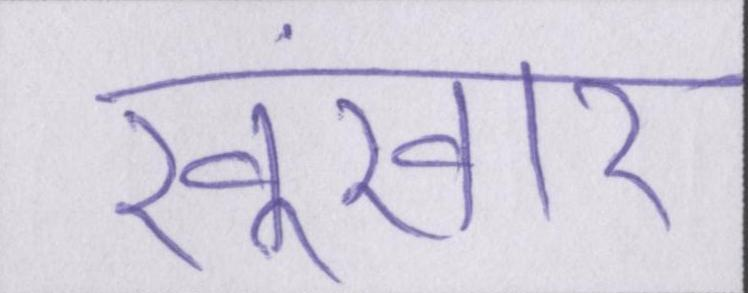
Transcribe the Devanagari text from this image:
खूंखार